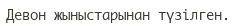
Девон жыныстарынан түзілген.